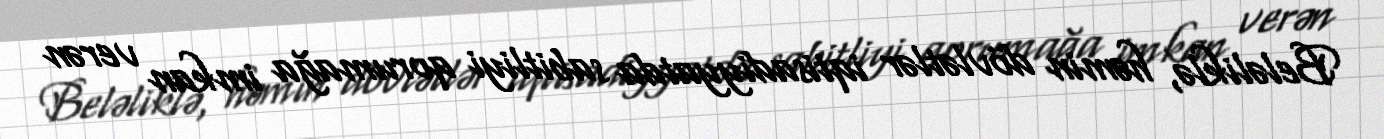
Beləliklə, həmin dövlətlər iqtisadiyyatda sabitliyi qorumağa imkan verən